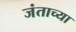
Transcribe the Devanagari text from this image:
जंताच्या